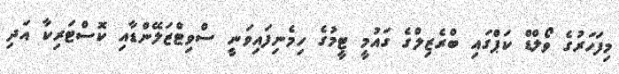
މިފަހަރުގެ ވޯލްޑް ކަޕްގައި ބްރެޒިލްގެ ގައުމީ ޓީމުގެ ހިމެނިފައިވަނީ ސްވިޓްޒަލޭންޑާއި ކޮސްޓަރިކާ އަދި